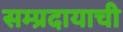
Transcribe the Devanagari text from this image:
सम्प्रदायाची